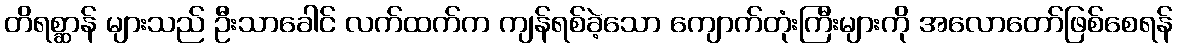
တိရစ္ဆာန် များသည် ဦးသာခေါင် လက်ထက်က ကျန်ရစ်ခဲ့သော ကျောက်တုံးကြီးများကို အလောတော်ဖြစ်စေရန်